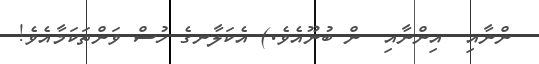
ންނާއި  އިންނާއި  ން ބުނޫއެވެ.) އެކަލާނގެ ހުސް ވަންތަކަމާއެވެ!